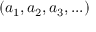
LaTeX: ( a _ { 1 } , a _ { 2 } , a _ { 3 } , . . . )